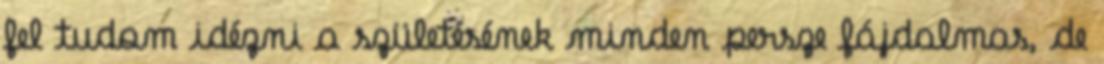
fel tudom idézni a születésének minden persze fájdalmas, de